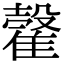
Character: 𩀠